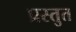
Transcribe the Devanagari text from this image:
प्रस्‍तुत